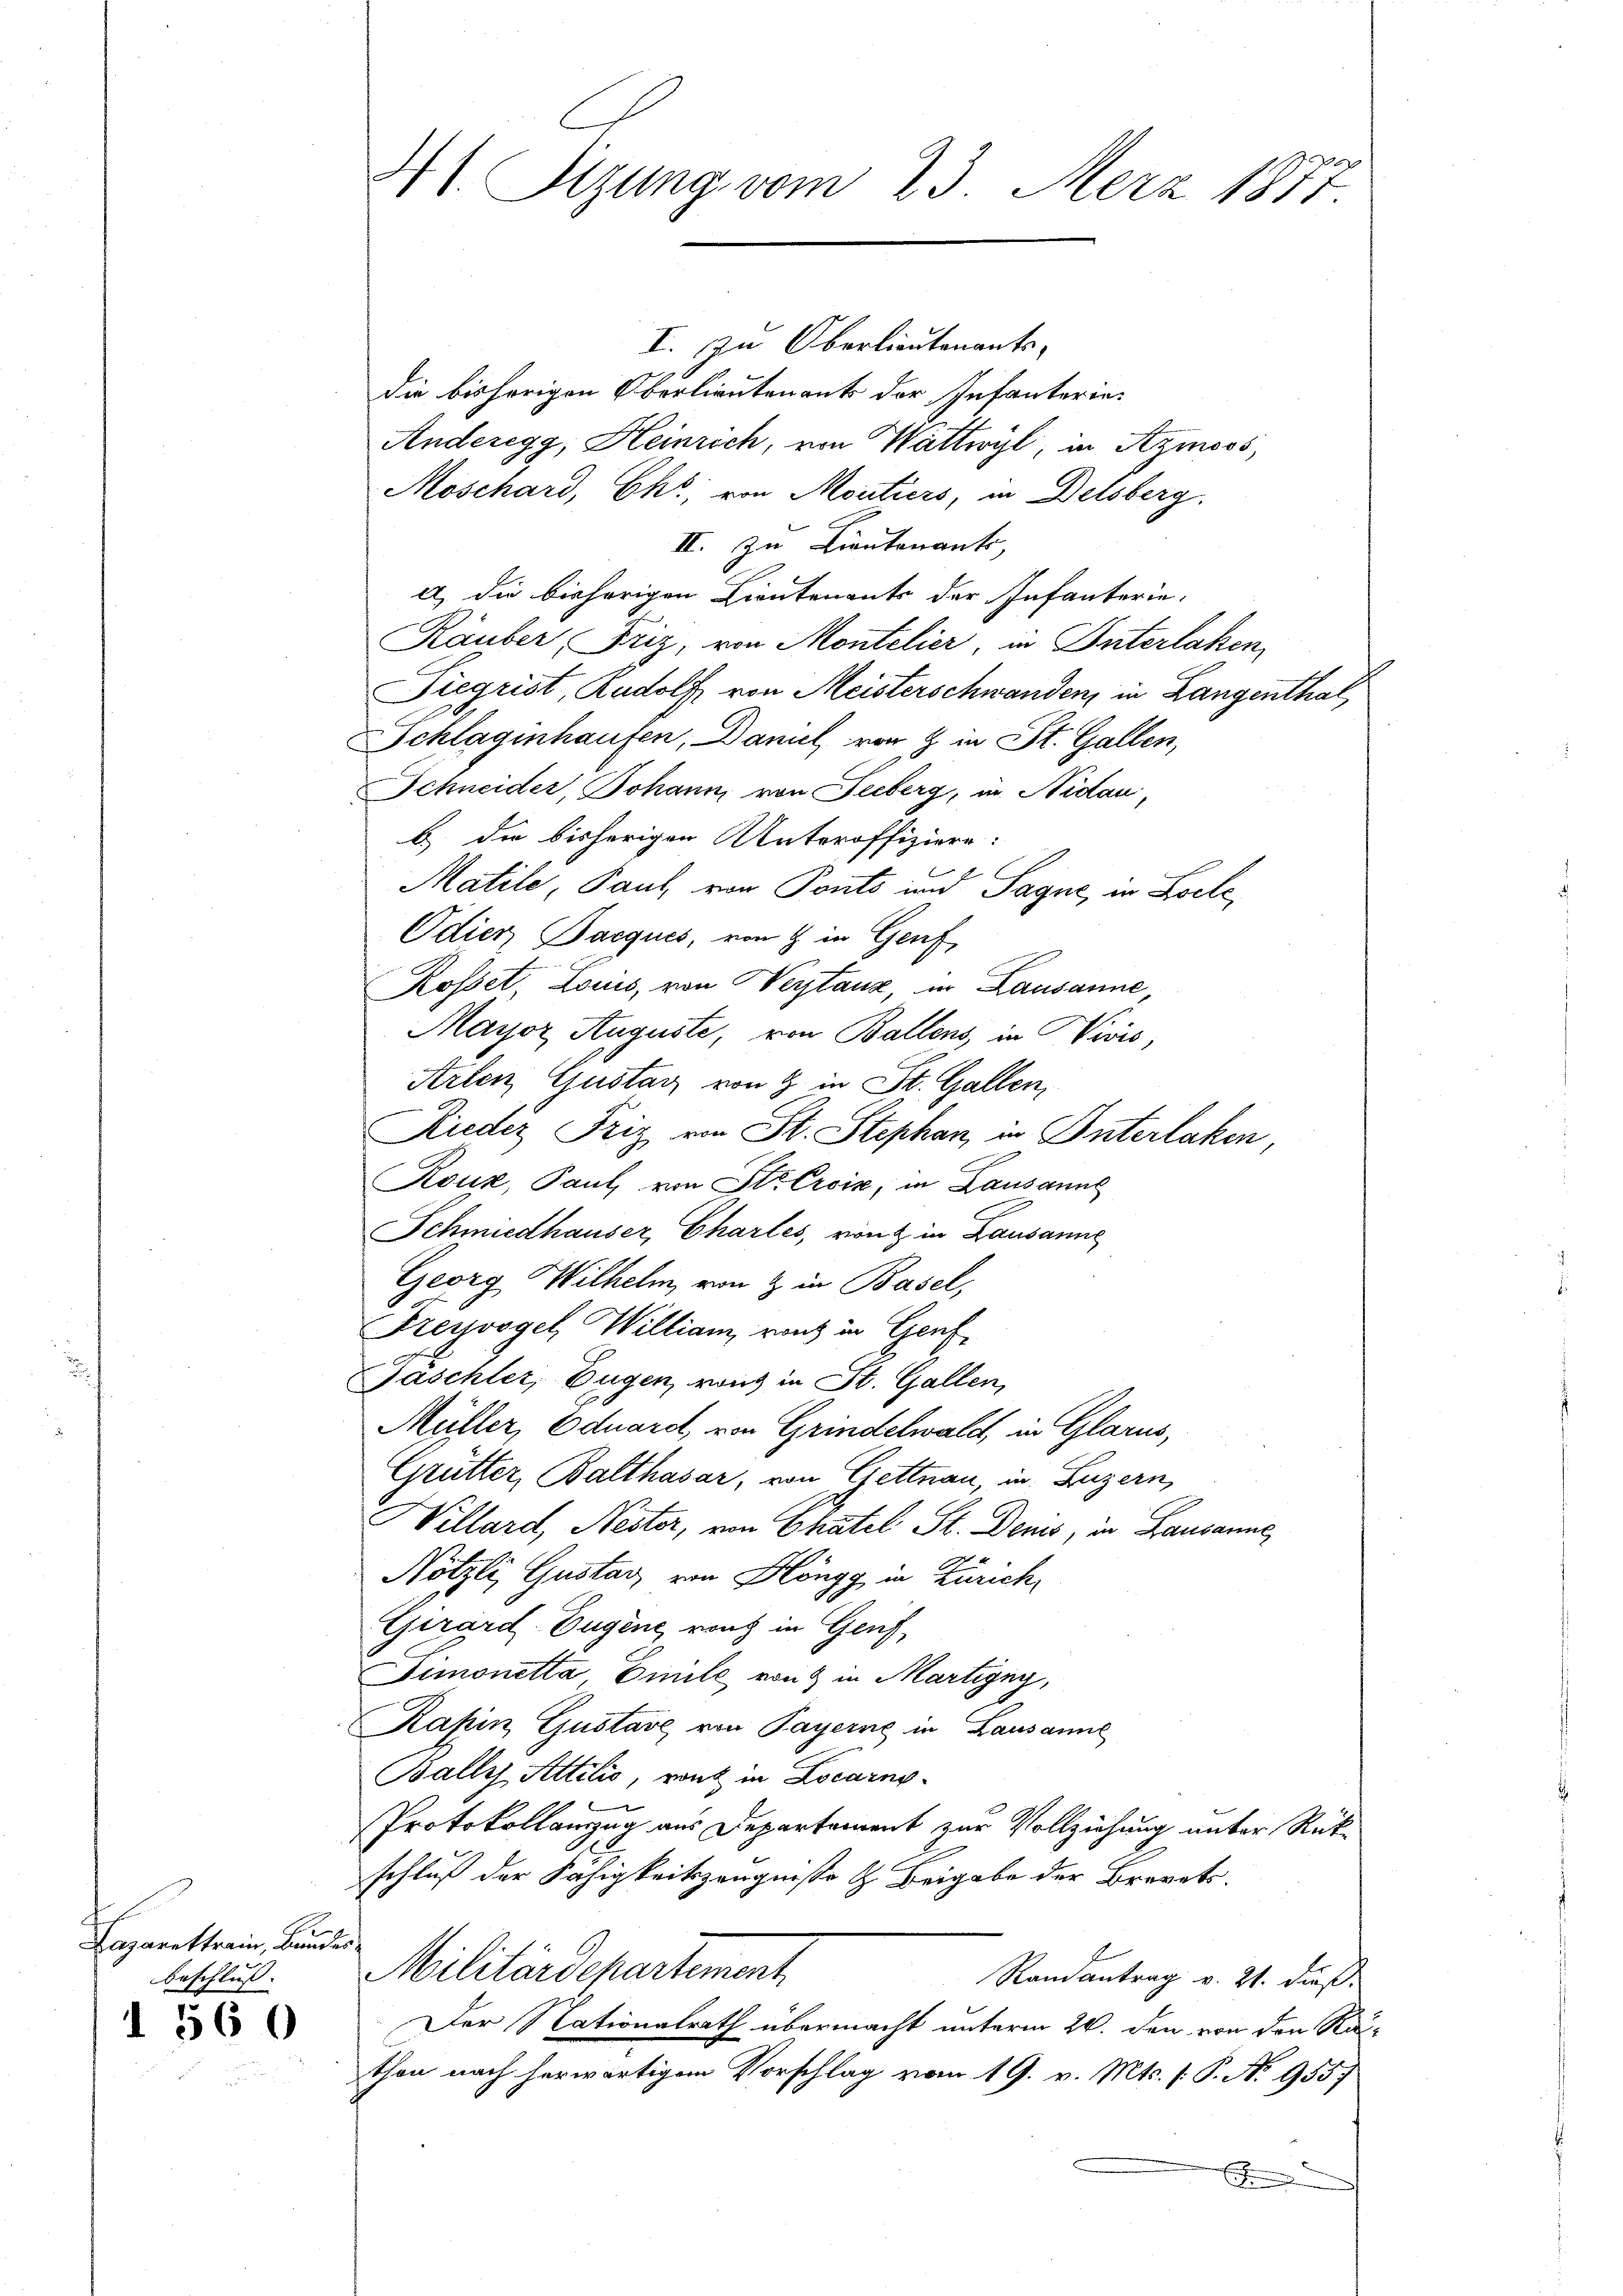
Lazarettrein, Bundes

I 560

I. zu Oberlieutenants,
die bisherigen Oberlieutenants der Infanterie¬
Anderegg, Heinrich, von Wattwyl, in Symoos,
Moschard, Ehr, von Moutiers, in Delsberg.
II. Zu Lieutenants,
l) die bisherigen Lieutenants der Infanterie-
Räuber, Friz, von Montelier, in Unterlaßen,
Siegrist, Rudolf von Meisterschwanden, in Langenthal,
Schlagenhaufen, Daniel von & in St. Gallen,
Schneider, Johanni von Seeberg, in Nidau,
b. die bisherigen Unteroffiziere:
Matile, Paul von Ponts und Sagne, in Locke,
Odier Jacques, von 8 in Genf
Rosset, Louis, von Verstanz, in Lausanne,
Mayor Auguste, von Ballens, in Divis,
Arten Gustag von 9 in St. Gallen,
Rieder Friz von St. Stephan, in Interlaken
Roux, Paul, von Str. Croix, in Lausanne
Schmiedhauser, Charles, von in Lausanne
Georg Wilhelm, von & in Basel,
Freyvogel Willian, von in Genf
Jaschler, Eugen, von in St. Gallen,
Müller, Eduardt, von Grindelwald, in Glarus,
Grütter, Balthasar, von Gettnau, in Luzern,
Villard, Nestor, von Chatel St. Denis, in Lausanne
Nötzli, Gustav von Höngg in Zürich,
Girard-Eugene rang in Genf,
Simonetta Emile von & in Martigny,
Kapin Gustave, von Payerne in Lausanne
Ballys Attilio, rent in Locarno¬
Protokollanzug aus Departement zur Vollziehung unter Rükschluß der Fähigkeitszeugniße & Beigabe der Brevets.
beschluß. Militärdepartement
Randantrag v. 21. dieß
Der Nationalrath übermacht unterm 20. den von den Rauthon nach herwärtigem Vorschlag vom 19. v. Mts. (: P. N. 955
F

41. Sizung vom 23. Merz 1877.